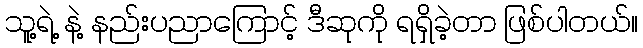
သူ့ရဲ့ နဲ့ နည်းပညာကြောင့် ဒီဆုကို ရရှိခဲ့တာ ဖြစ်ပါတယ်။